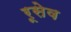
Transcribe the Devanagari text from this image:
रूसेव